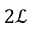
2 \mathcal { L }